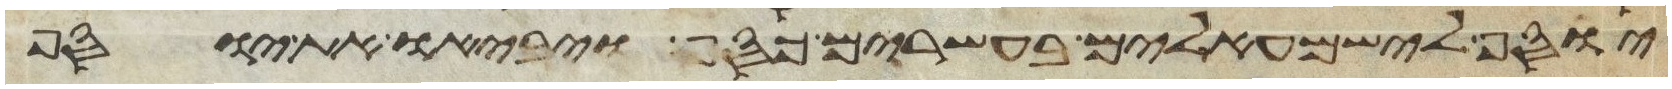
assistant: יוסף לישמעאלים בעשרים כסף ויביאו את יוסף